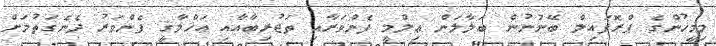
މިމީހުންގެ ޕްރޮފައިލް ބޭނުނުން ބަލާލަން ޢިލްމީ ފެންވަރާއި ތަޖުރިބާއާއި އަޚްލާޤީ ފެންވަރު ދެނެގަތުމަށް